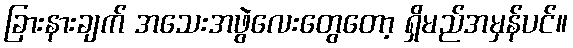
ခြားနားချက် အသေးအဖွဲလေးတွေတော့ ရှိမည်အမှန်ပင်။